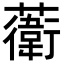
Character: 𧁮